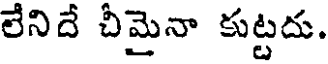
లేనిదే చీమైనా కుట్టదు.